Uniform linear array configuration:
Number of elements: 4
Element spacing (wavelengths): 0.25
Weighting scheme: hann
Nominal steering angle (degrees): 45
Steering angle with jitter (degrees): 45.436
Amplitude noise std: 0.05
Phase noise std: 0.05

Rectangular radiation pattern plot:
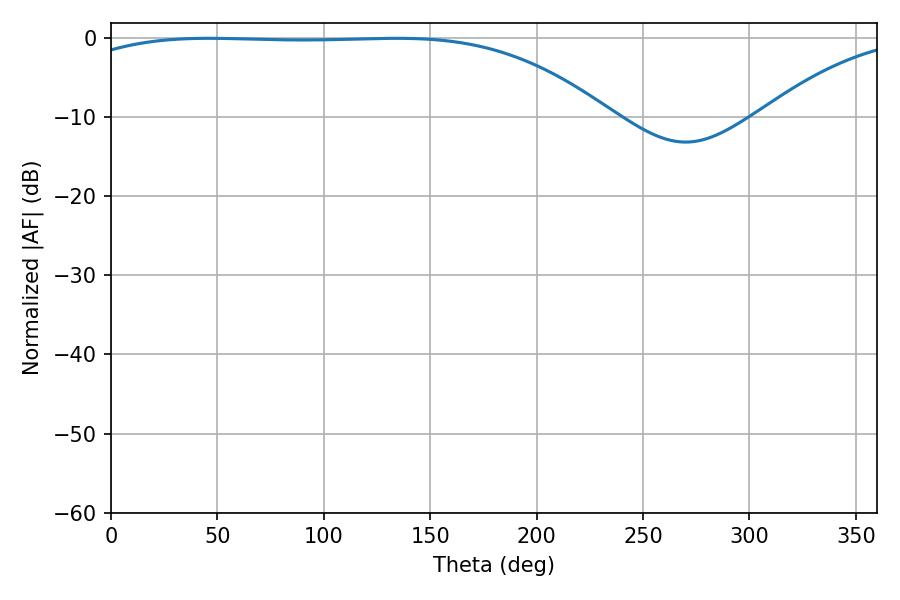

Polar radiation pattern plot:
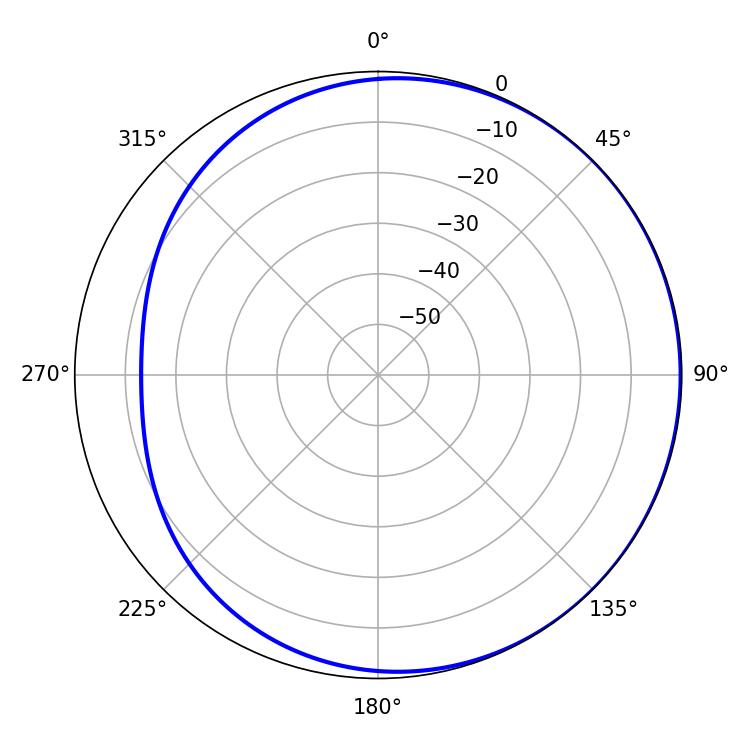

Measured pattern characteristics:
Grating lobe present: FALSE
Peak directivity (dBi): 0.9426
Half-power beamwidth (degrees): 196.2
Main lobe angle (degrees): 46.08